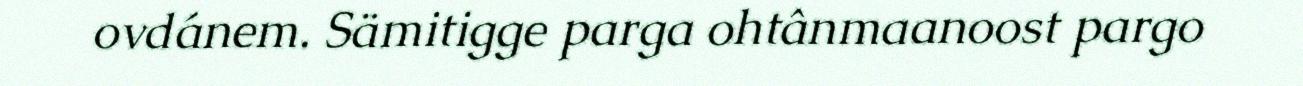
ovdánem. Sämitigge parga ohtânmaanoost pargo